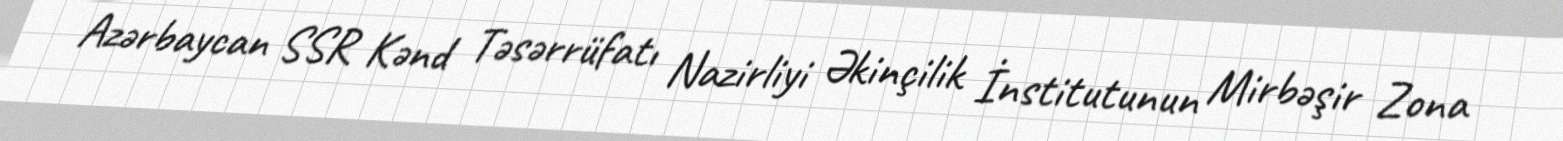
Azərbaycan SSR Kənd Təsərrüfatı Nazirliyi Əkinçilik İnstitutunun Mirbəşir Zona